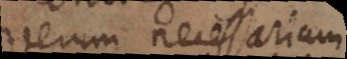
Verum necessarium